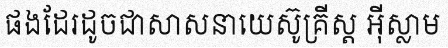
ផងដែរដូចជាសាសនាយេស៊ូគ្រីស្ត អ៊ីស្លាម